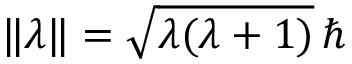
\Vert { \boldsymbol { \lambda } } \Vert = { \sqrt { \lambda ( \lambda + 1 ) } } \, \hbar